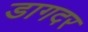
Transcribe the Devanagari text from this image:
डागदर